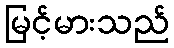
မြင့်မားသည်